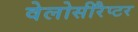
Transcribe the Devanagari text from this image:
वेलोसीरैप्टर